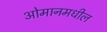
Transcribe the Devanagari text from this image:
ओमानमधील